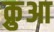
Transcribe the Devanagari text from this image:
क्रुआ